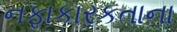
નફાકારકતાના